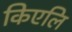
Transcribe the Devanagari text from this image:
किएलि